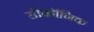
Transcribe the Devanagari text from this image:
डीकॉंनिक